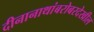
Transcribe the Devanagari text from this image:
दीनानाथांबरोबरदेखील